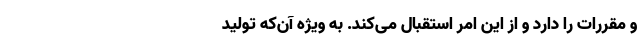
و مقررات را دارد و از این امر استقبال می‌کند. به ویژه آن‌که تولید